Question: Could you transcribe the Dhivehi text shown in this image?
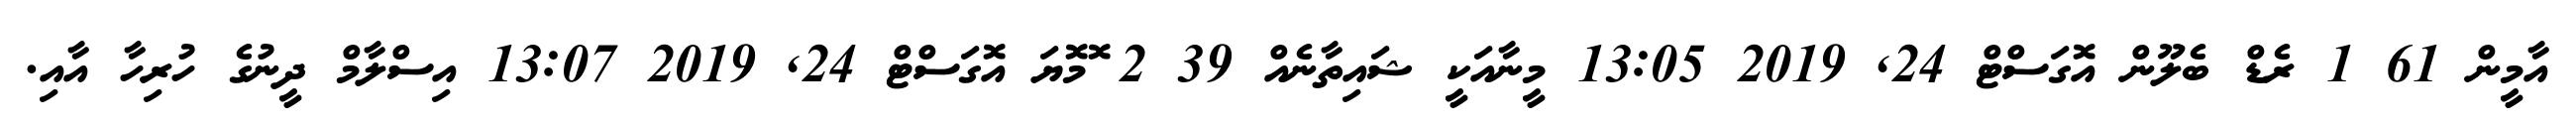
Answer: އާމީން 61 1 ރެޑް ބެލޫން އޮގަސްޓް 24, 2019 13:05 މީނާއަކީ ޝައިތާނެއް 39 2 ޮމޮޔަ އޮގަސްޓް 24, 2019 13:07 އިސްލާމް ދީނުގެ ހުރިހާ އާއި.